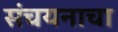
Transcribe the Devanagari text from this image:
संचयनाचा